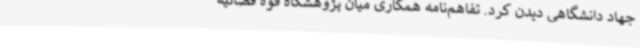
جهاد دانشگاهی دیدن کرد. تفاهم‌نامه همکاری میان پژوهشگاه قوه قضائیه